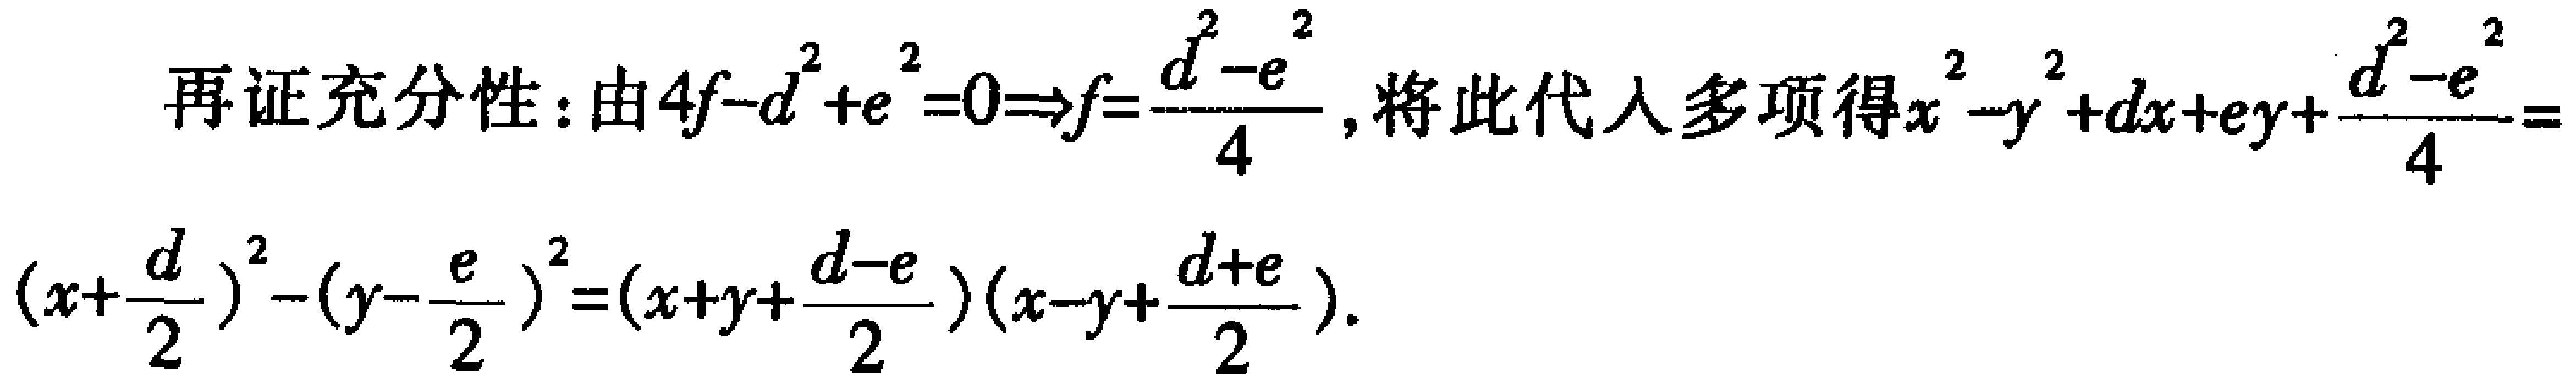
再证充分性：由\(4f - d^{2}+e^{2}=0\Rightarrow f = \frac{d^{2}-e^{2}}{4}\)，将此代入多项式得\(x^{2}-y^{2}+dx + ey+\frac{d^{2}-e^{2}}{4}=\)
\((x + \frac{d}{2})^{2}-(y-\frac{e}{2})^{2}=(x + y+\frac{d - e}{2})(x - y+\frac{d + e}{2})\)。